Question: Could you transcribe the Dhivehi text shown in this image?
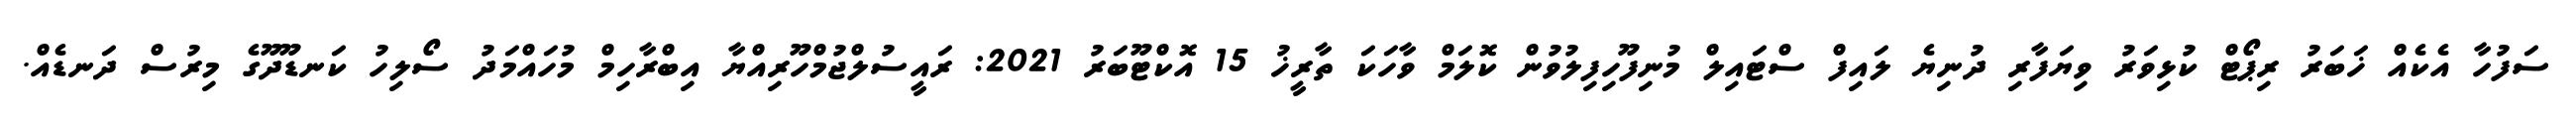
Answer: ސަފުހާ އެކެއް ޚަބަރު ރިޕޯޓް ކުޅިވަރު ވިޔަފާރި ދުނިޔެ ލައިފް ސްޓައިލް މުނިފޫހިފިލުވުން ކޮލަމް ވާހަކަ ތާރީޚު 15 އޮކްޓޫބަރު 2021: ރައީސުލްޖުމްހޫރިއްޔާ އިބްރާހިމް މުހައްމަދު ސޯލިހު ކަނޑޫދޫގެ މިރުސް ދަނޑެއް.